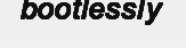
bootlessly